Annual administration report of the Civil Veterinary Department, Ajmere-Merwara, British Rajputana - 1914-1940
Year: 1914
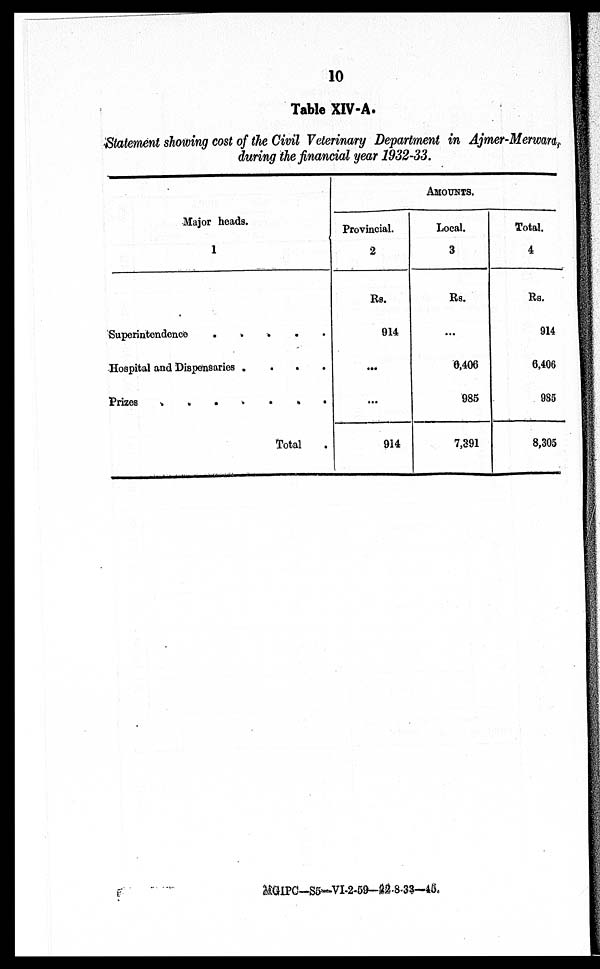
10
Table XIV-A.
Statement showing cost of the Civil Veterinary Department in Ajmer-Merwara,
during the financial year 1932-33.
Major heads.
1
Superintendence . . . . .
Hospital and Dispensaries. . . .
Prizes . . . . . . . .
Total .
AMOUNTS.
Provincial.
2
Rs.
914
. . .
...
914
Local.
3
Rs.
...
6,406
985
7,391
Total.
4
Rs.
914
6,406
985
8,305
MGIPC—S5—VI-2-59—22-8-33—45.